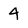
Character: 4